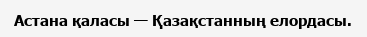
Астана қаласы — Қазақстанның елордасы.